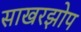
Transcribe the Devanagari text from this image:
साखरझोप